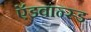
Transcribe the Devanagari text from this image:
ऍडवान्स्ड